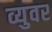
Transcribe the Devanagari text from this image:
व्युवर